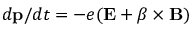
d { \bf p } / d t = - e ( \bf { E } + \boldsymbol { \beta } \times \bf { B } )